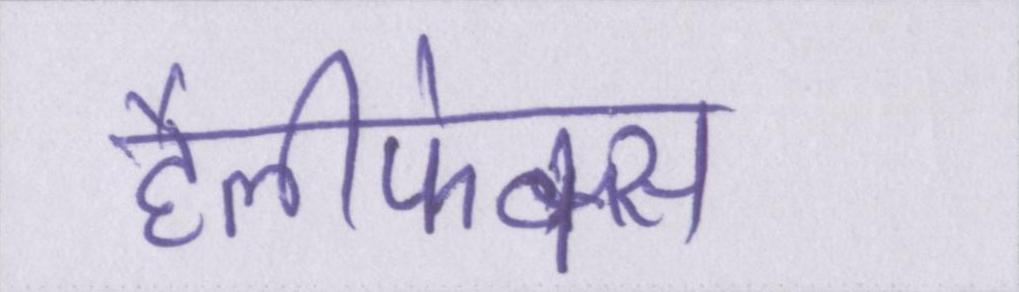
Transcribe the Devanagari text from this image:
हैलीफेक्स